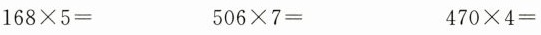
168×5= 506×7= 470×4=